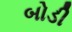
બોડી